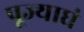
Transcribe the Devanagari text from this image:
पूज्याघं